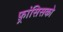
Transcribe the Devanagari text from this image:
फ़्रांसिसको